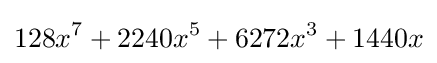
128x^{7}+2240x^{5}+6272x^{3}+1440x